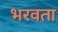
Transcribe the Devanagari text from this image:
भरवता